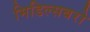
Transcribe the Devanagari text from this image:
मिडिल्सबरो